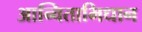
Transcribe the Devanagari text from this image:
आन्विताभिधान